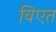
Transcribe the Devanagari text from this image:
विएत